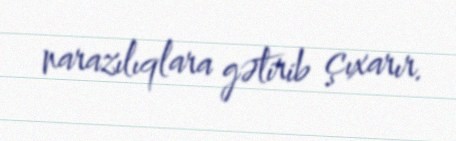
narazılıqlara gətirib çıxarır.